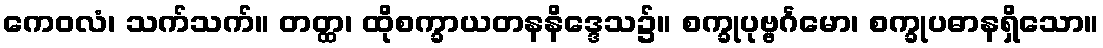
ကေဝလံ၊ သက်သက်။ တတ္ထ၊ ထိုစက္ခာယတနနိဒ္ဒေသ၌။ စက္ခုပုဗ္ဗင်္ဂမော၊ စက္ခုပဓာနရှိသော။